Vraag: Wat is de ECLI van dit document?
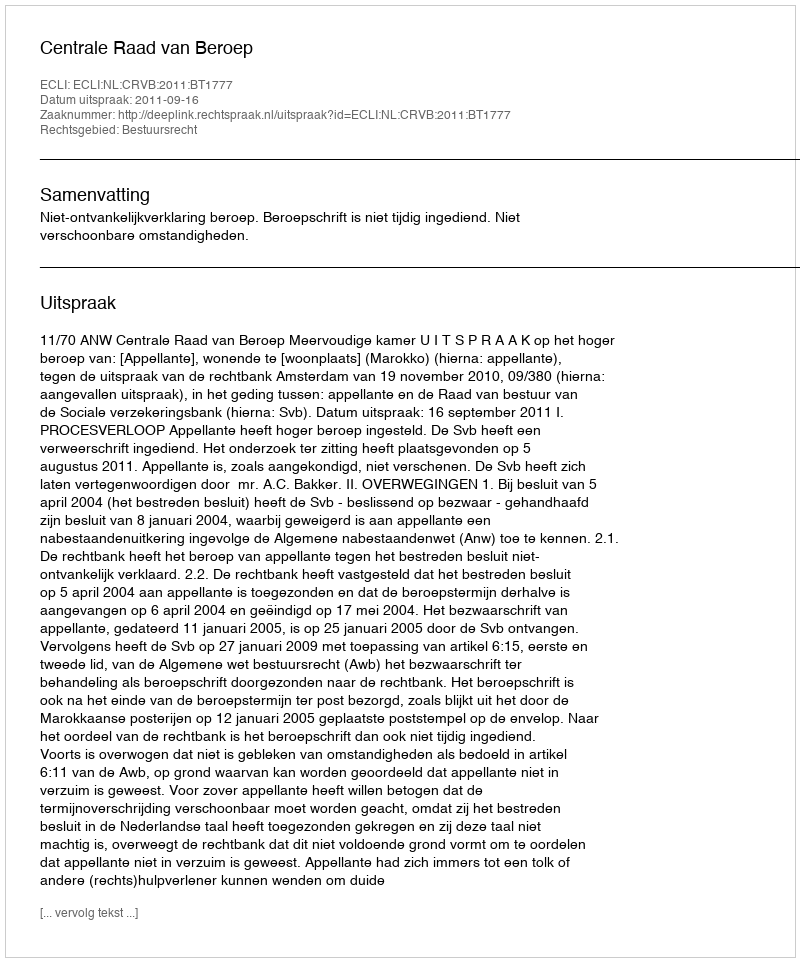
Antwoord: ECLI:NL:CRVB:2011:BT1777